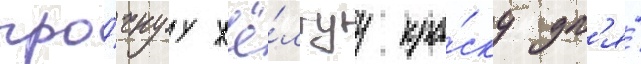
про́чнуу жё́лтуу кра́ску дл'я́